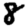
Digit: 8